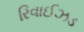
રિવાઈઝડ